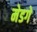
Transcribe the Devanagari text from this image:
मेडगे